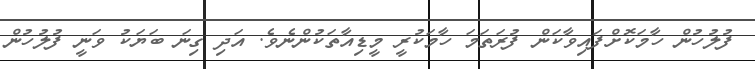
ފުލުހުން ހާމަކޮށްފައިވާކަން ފުރަތަމަ ހާމަކުރީ މީޑިއާތަކުންނެވެ. އަދި ގިނަ ބަޔަކު ވަނީ ފުލުހުން